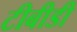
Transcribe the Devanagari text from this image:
टीबीडी